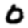
Digit: 0